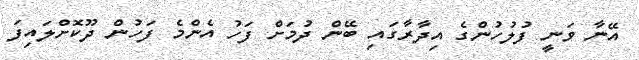
އޭނާ ވަނީ ފުލުހުންގެ އިދާރާގައި ބޭން ދުމަށް ފަހު އެންމެ ފަހުން ދޫކޮށްލައިފަ